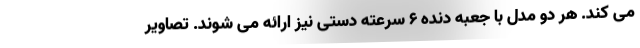
می کند. هر دو مدل با جعبه دنده 6 سرعته دستی نیز ارائه می شوند. تصاویر